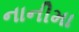
નાનીમા